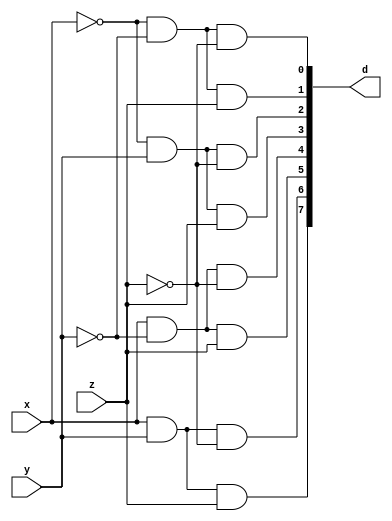
module DECODER(d,x,y,z);
    input x,y,z;
    output [7:0] d;
    
    wire x0,y0,z0;
    
    not not_x(x0,x);
    not not_y(y0,y);
    not not_z(z0,z);
    
    and a1(d[0],x0,y0,z0);
    and a2(d[1],x0,y0,z);
    and a3(d[2],x0,y,z0);
    and a4(d[3],x0,y,z);
    and a5(d[4],x,y0,z0);
    and a6(d[5],x,y0,z);
    and a7(d[6],x,y,z0);
    and a8(d[7],x,y,z);
    
endmodule

module FADDER(s,c,x,y,z);
    input x,y,z;
    output s,c;
    wire [7:0] d;
    
    DECODER d1(d,x,y,z);
    
    assign s = d[1]|d[2]|d[4]|d[7];
    assign c = d[3]|d[5]|d[6]|d[7];
endmodule

/*=========================================Exercise========================================*/            
module bit8_FA(sum,cout,in1,in2,cin);
	output [7:0] sum;
	output cout;
	input cin;
	input [7:0] in1,in2;
	wire [6:0] carry_mid;
	
	FADDER f1(sum[0],carry_mid[0],in1[0],in2[0],cin);
	
	generate
		genvar j;
		for(j=1;j<7;j=j+1)
			begin:fa_loop
				FADDER f2(sum[j],carry_mid[j],in1[j],in2[j],carry_mid[j-1]);
			end
	endgenerate
	
	FADDER f3(sum[7],cout,in1[7],in2[7],carry_mid[6]);			
endmodule

module bit32_FA(sum,cout,in1,in2,cin);
	output [31:0] sum;
	output cout;
	input [31:0] in1,in2;
	input cin;
	wire [2:0] carry_mid;

	bit8_FA f1(sum[7:0],carry_mid[0],in1[7:0],in2[7:0],cin);
	bit8_FA f2(sum[15:8],carry_mid[1],in1[15:8],in2[15:8],carry_mid[0]);
	bit8_FA f3(sum[23:16],carry_mid[2],in1[23:16],in2[23:16],carry_mid[1]);
	bit8_FA f4(sum[31:24],cout,in1[31:24],in2[31:24],carry_mid[2]);
endmodule